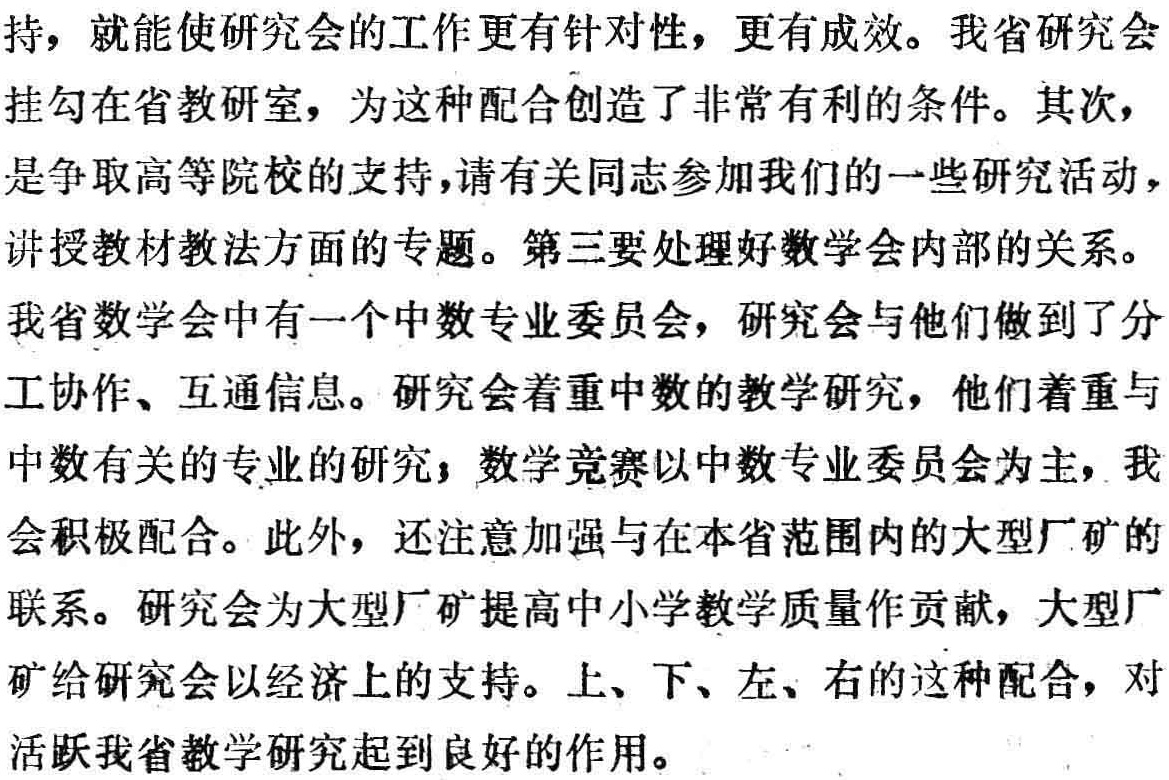
持，就能使研究会的工作更有针对性，更有成效。我省研究会
挂勾在省教研室，为这种配合创造了非常有利的条件。其次，
是争取高等院校的支持，请有关同志参加我们的一些研究活动，
讲授教材教法方面的专题。第三要处理好数学会内部的关系。
我省数学会中有一个中数专业委员会，研究会与他们做到了分
工协作、互通信息。研究会着重中数的教学研究，他们着重与
中数有关的专业的研究，数学竞赛以中数专业委员会为主，我
会积极配合。此外，还注意加强与在本省范围内的大型厂矿的
联系。研究会为大型厂矿提高中小学教学质量作贡献，大型厂
矿给研究会以经济上的支持。上、下、左、右的这种配合，对
活跃我省教学研究起到良好的作用。